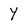
Character: y